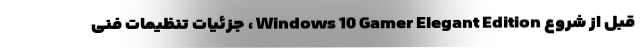
قبل از شروع Windows 10 Gamer Elegant Edition ، جزئیات تنظیمات فنی